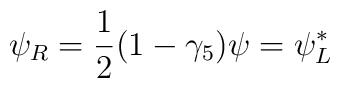
\psi_{R} = \frac{1}{2} (1 - \gamma_{5}) \psi = \psi_{L}^{*}